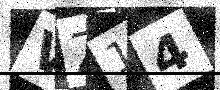
Text: VZ14